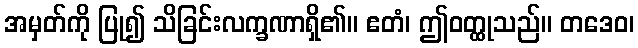
အမှတ်ကို ပြု၍ သိခြင်းလက္ခဏာရှိ၏။ ဧတံ၊ ဤဝတ္ထုသည်။ တဒေဝ၊